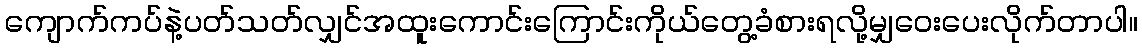
ကျောက်ကပ်နဲ့ပတ်သတ်လျှင်အထူးကောင်းကြောင်းကိုယ်တွေ့ခံစားရလို့မျှဝေးပေးလိုက်တာပါ။